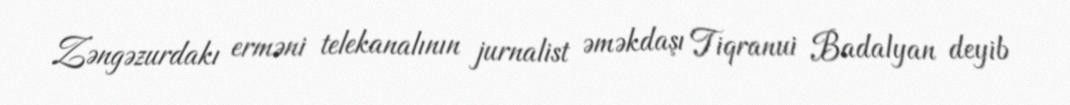
Zəngəzurdakı erməni telekanalının jurnalist əməkdaşı Tiqranui Badalyan deyib